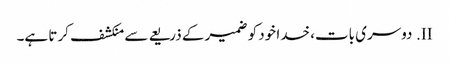
II.	دوسری بات، خدا خود کو ضمیر کے ذریعے سے منکشف کرتا ہے۔